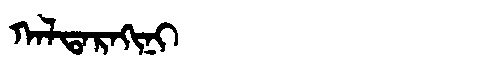
Manchu: ᡴᠠᠯᡨᠠᡵᠠᡴᡳᠨᡳ
Romanization: KALTARAKINI